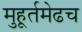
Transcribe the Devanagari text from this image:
मुहूर्तमेढच